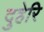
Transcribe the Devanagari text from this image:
दुहेरि